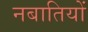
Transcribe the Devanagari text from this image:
नबातियों